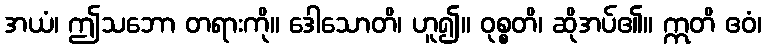
အယံ၊ ဤသဘော တရားကို။ ဒေါသောတိ၊ ဟူ၍။ ဝုစ္စတိ၊ ဆိုအပ်၏။ ဣတိ ဧဝံ၊